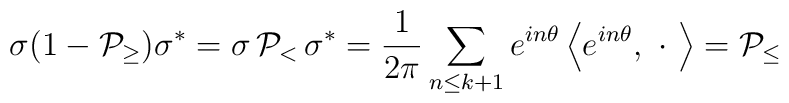
\sigma (1-{\cal P}_{\geq})\sigma^{*}=\sigma \, {\cal P}_{<}\, \sigma^{*}=\frac1{2\pi }\sum_{n\leq k+1}e^{in\theta }\left\langle e^{in\theta},\ \cdot \ \right\rangle ={\cal P}_{\leq}